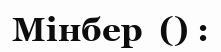
Мінбер  () :